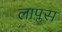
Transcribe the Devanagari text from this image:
लाप्लस